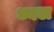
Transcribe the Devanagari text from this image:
ध्वल